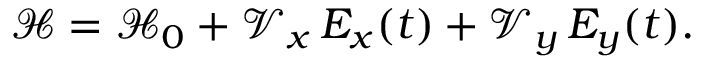
\mathcal H = \mathcal H _ { 0 } + \mathcal V _ { x } \, E _ { x } ( t ) + \mathcal V _ { y } \, E _ { y } ( t ) .